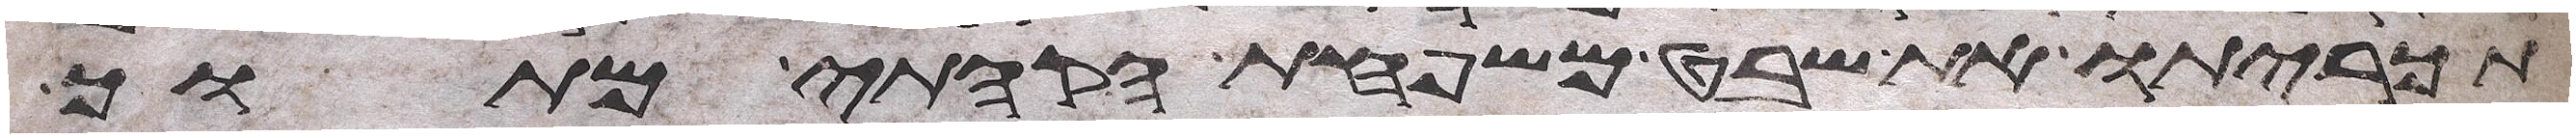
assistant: תכריתו את שבט משפחת הקהתי מתוך